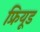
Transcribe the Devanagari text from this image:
फ्रियूड